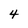
Character: 4